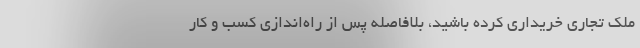
ملک تجاری خریداری کرده باشید، بلافاصله پس از راه‌اندازی کسب و کار